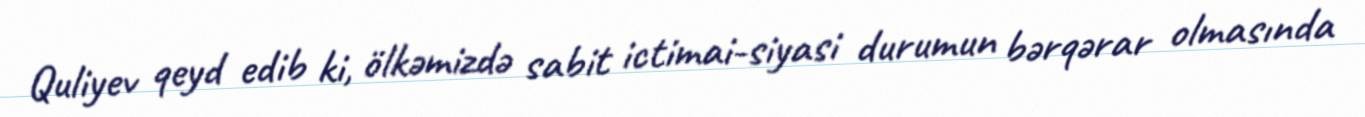
Quliyev qeyd edib ki, ölkəmizdə sabit ictimai-siyasi durumun bərqərar olmasında